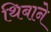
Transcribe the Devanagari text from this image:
थिबाने